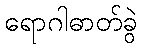
ရောဂါဓာတ်ခွဲ